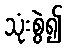
သုံးစွဲ၍